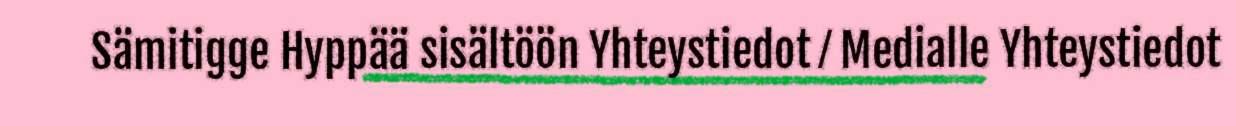
Sämitigge Hyppää sisältöön Yhteystiedot ⁄ Medialle Yhteystiedot